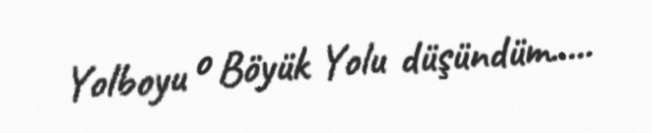
Yolboyu o Böyük Yolu düşündüm.....